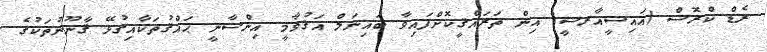
ރެޑް ކްރޮސް (އައިސީއާރސީ) އިން ތަރައްޤީކޮށްފައިވާ ބައިނަލް އަޤުވާމީ އިންސާނީ ޙައްޤުތަކާއިގުޅޭ ޤާނޫނުތަކުގެ